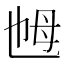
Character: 乸